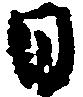
日